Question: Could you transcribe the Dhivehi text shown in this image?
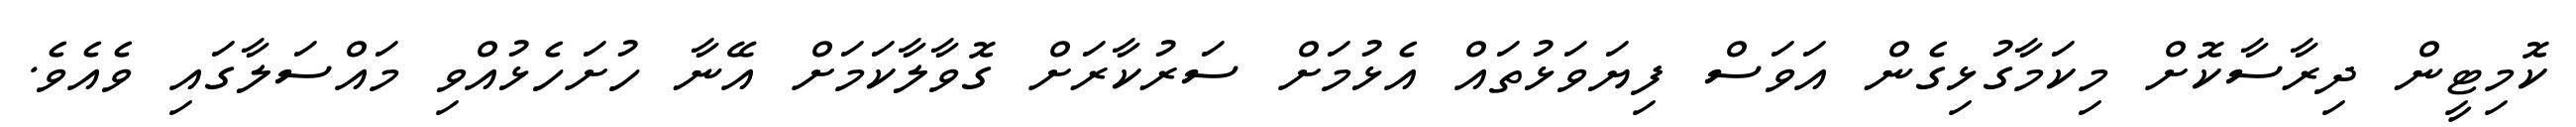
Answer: ކޮމިޓީން ދިރާސާކޮށް މިކަމާގުޅިގެން އަވަސް ފިޔަވަޅުތައް އެޅުމަށް ސަރުކާރަށް ގޮވާލާކަމަށް އޭނާ ހުށަހެޅުއްވި މައްސަލާގައި ވެއެވެ.